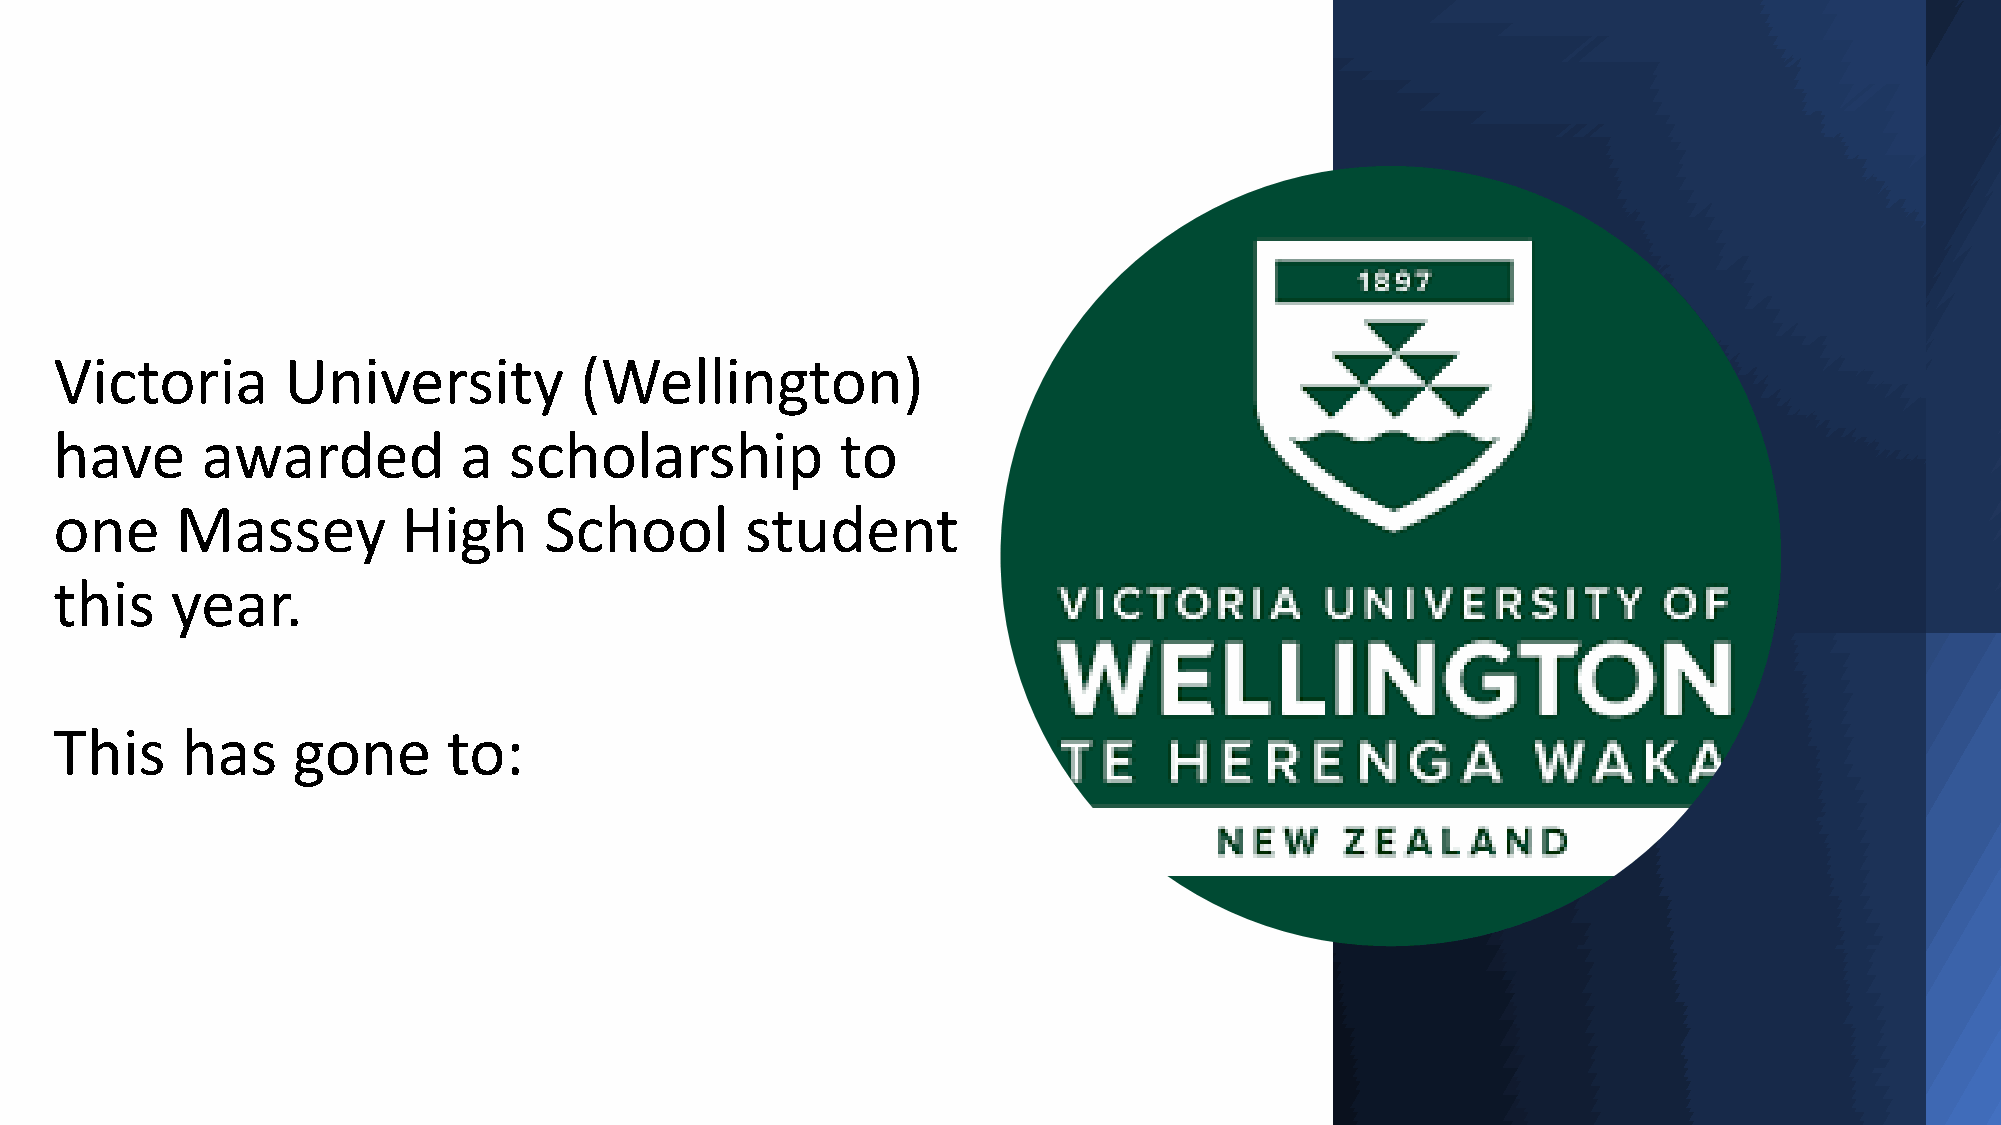
Victoria       University         (Wellington)
 have     awarded          a   scholarship           to
 one     Massey         High     School       student
 this   year.
 This    has    gone       to: